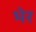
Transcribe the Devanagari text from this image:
भेर